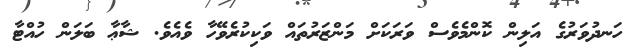
ހަނދުވަރުގެ އަލިން ކޮންމެވެސް ވަރަކަށް މަންޒަރުތައް ވަކިކުރެވޭހާ ވެއެވެ. ޝާޢާ ބަލަން ހުއްޓާ